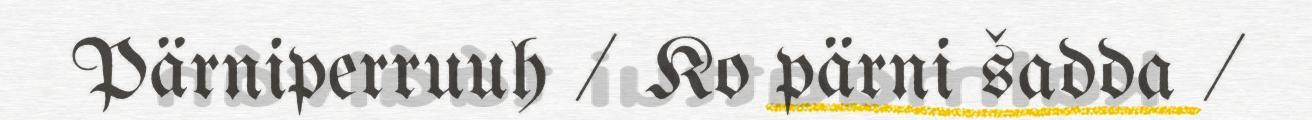
Pärniperruuh / Ko pärni šadda /